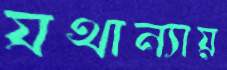
যথান্যায়